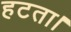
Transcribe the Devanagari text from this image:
हटता।